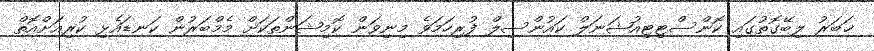
ޚަބަރު ލިބޭގޮތުގައި ކޮންސްޓިޓިއުޝަނަލް ކައުންސިލް ފުރިހަމަވެ މިނިވަން ކޮމިޝަންތަކަށް މެމްބަރުން ކަނޑައެޅި ކުރިއަށްއޮތް